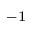
^ { - 1 }